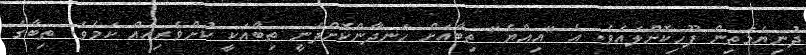
ދުނިޔެމަތިން ފޫހިކޮށްލައެވެ. އެ "އިއްޔެ" ތިބާއަށް ހަނދާންކޮށްދެނީ ތިބާއަކީ ކުށްވެރިއެއް ކަމެވެ. ތިބާގެ